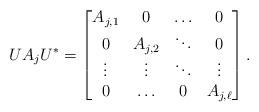
LaTeX: \begin{align*}UA_j U^*=\begin{bmatrix}A_{j,1}& 0& \ldots&0\\ 0& A_{j,2}& \ddots&0\\ \vdots&\vdots&\ddots&\vdots\\ 0&\ldots&0& A_{j,\ell}\end{bmatrix}.\end{align*}